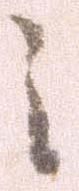
之